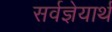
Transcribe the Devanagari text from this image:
सर्वज्ञेयार्थ